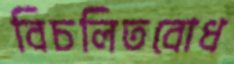
বিচলিতবোধ